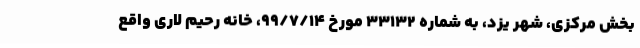
بخش مرکزی، شهر یزد، به شماره ۳۳۱۳۲ مورخ ۹۹/۷/۱۴، خانه رحیم لاری واقع